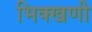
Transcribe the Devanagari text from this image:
भिक्खणी